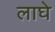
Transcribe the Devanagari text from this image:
लाघे